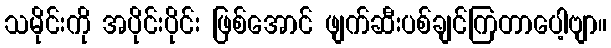
သမိုင်းကို အပိုင်းပိုင်း ဖြစ်အောင် ဖျက်ဆီးပစ်ချင်ကြတာပေါ့ဗျာ။